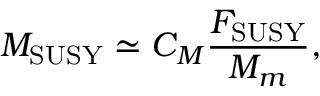
M _ { \mathrm { S U S Y } } \simeq C _ { M } \frac { F _ { \mathrm { S U S Y } } } { M _ { m } } ,